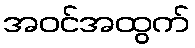
အဝင်အထွက်